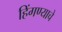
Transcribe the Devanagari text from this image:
हिंगण्याचे